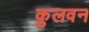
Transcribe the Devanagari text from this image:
कुलवन